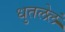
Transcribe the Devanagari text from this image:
धुतलेलं